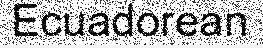
Ecuadorean